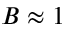
B \approx 1